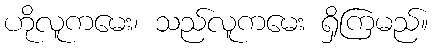
ဟိုလူကမေး၊ သည်လူကမေး ရှိကြမည်။